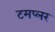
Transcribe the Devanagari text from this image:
टमप्लर